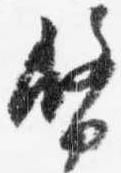
幣